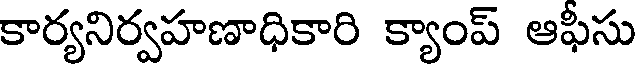
కార్యనిర్వహణాధికారి క్యాంప్ ఆఫీసు